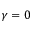
\gamma = 0